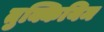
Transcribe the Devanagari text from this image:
तुक्कियिम